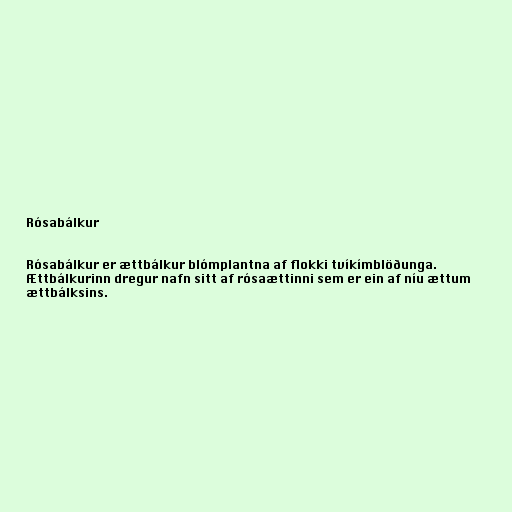
Rósabálkur

Rósabálkur er ættbálkur blómplantna af flokki tvíkímblöðunga.
Ættbálkurinn dregur nafn sitt af rósaættinni sem er ein af níu ættum
ættbálksins.